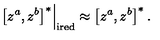
\left. \left[ z ^ { a } , z ^ { b } \right] ^ { * } \right| _ { \mathrm { i r e d } } \approx \left[ z ^ { a } , z ^ { b } \right] ^ { * } .